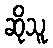
ဆိုသူ